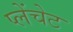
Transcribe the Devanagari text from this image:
प्लेंचेट